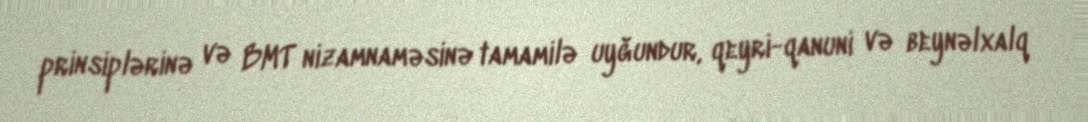
prinsiplərinə və BMT nizamnaməsinə tamamilə uyğundur, qeyri-qanuni və beynəlxalq